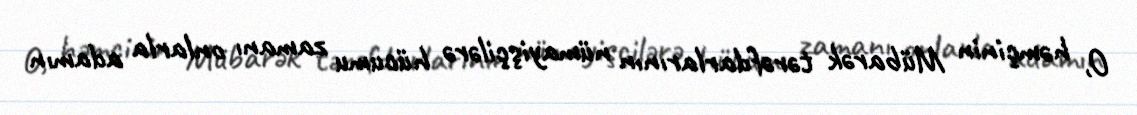
O, həmçinin Mübarək tərəfdarlarının nümayişçilərə hücumu zamanı onlarla adamın